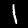
Label: 1